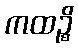
ကထဉ္စိ